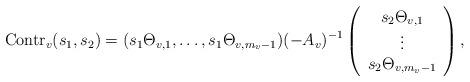
LaTeX: \begin{align*}\mbox{Contr}_v(s_1, s_2) = (s_1\Theta_{v,1}, \ldots, s_1\Theta_{v, m_v-1})(-A_v)^{-1}\left ( \begin{array}{c} s_2\Theta_{v,1} \\ \vdots \\ s_2\Theta_{v, m_v-1} \end{array} \right ),\end{align*}